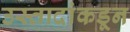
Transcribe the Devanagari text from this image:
उस्तादांकडून